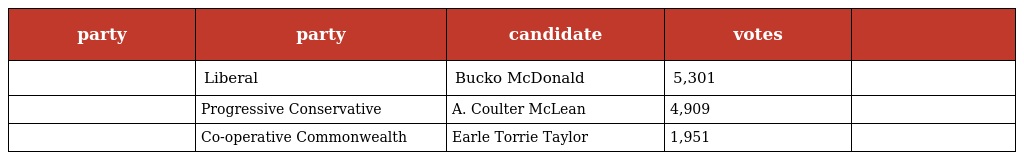
| party | party | candidate | votes |  |
 | --- | --- | --- | --- | --- |
 |  | Liberal | Bucko McDonald | 5,301 |  |
 |  | Progressive Conservative | A. Coulter McLean | 4,909 |  |
 |  | Co-operative Commonwealth | Earle Torrie Taylor | 1,951 |  |